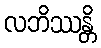
လဘိဿန္တိ